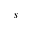
s